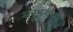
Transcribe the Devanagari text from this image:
अनुभूतीच्या